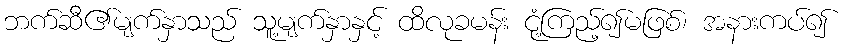
ဘက်ဆီ၏မျက်နှာသည် သူ့မျက်နှာနှင့် ထိလုခမန်း ငုံ့ကြည့်၍မဖြစ်၊ အနားကပ်၍